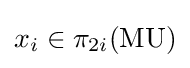
x_{i}\in \pi _{2i}(\operatorname {MU} )